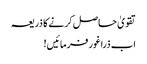
تقویٰ حاصل کرنے کا ذریعہ
اب ذراغور فرمائیں!